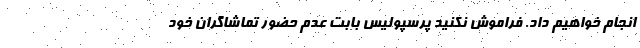
انجام خواهیم داد. فراموش نکنید پرسپولیس بابت عدم حضور تماشاگران خود